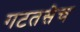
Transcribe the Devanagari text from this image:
गटतसेच